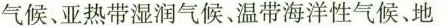
气候、亚热带湿润气候、温带海洋性气候、地